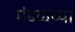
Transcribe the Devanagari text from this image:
मंडळच्या